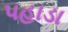
પહાડા